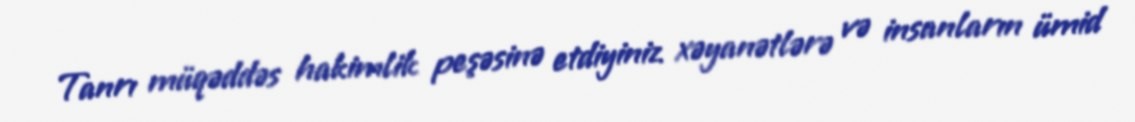
Tanrı müqəddəs hakimlik peşəsinə etdiyiniz xəyanətlərə və insanların ümid